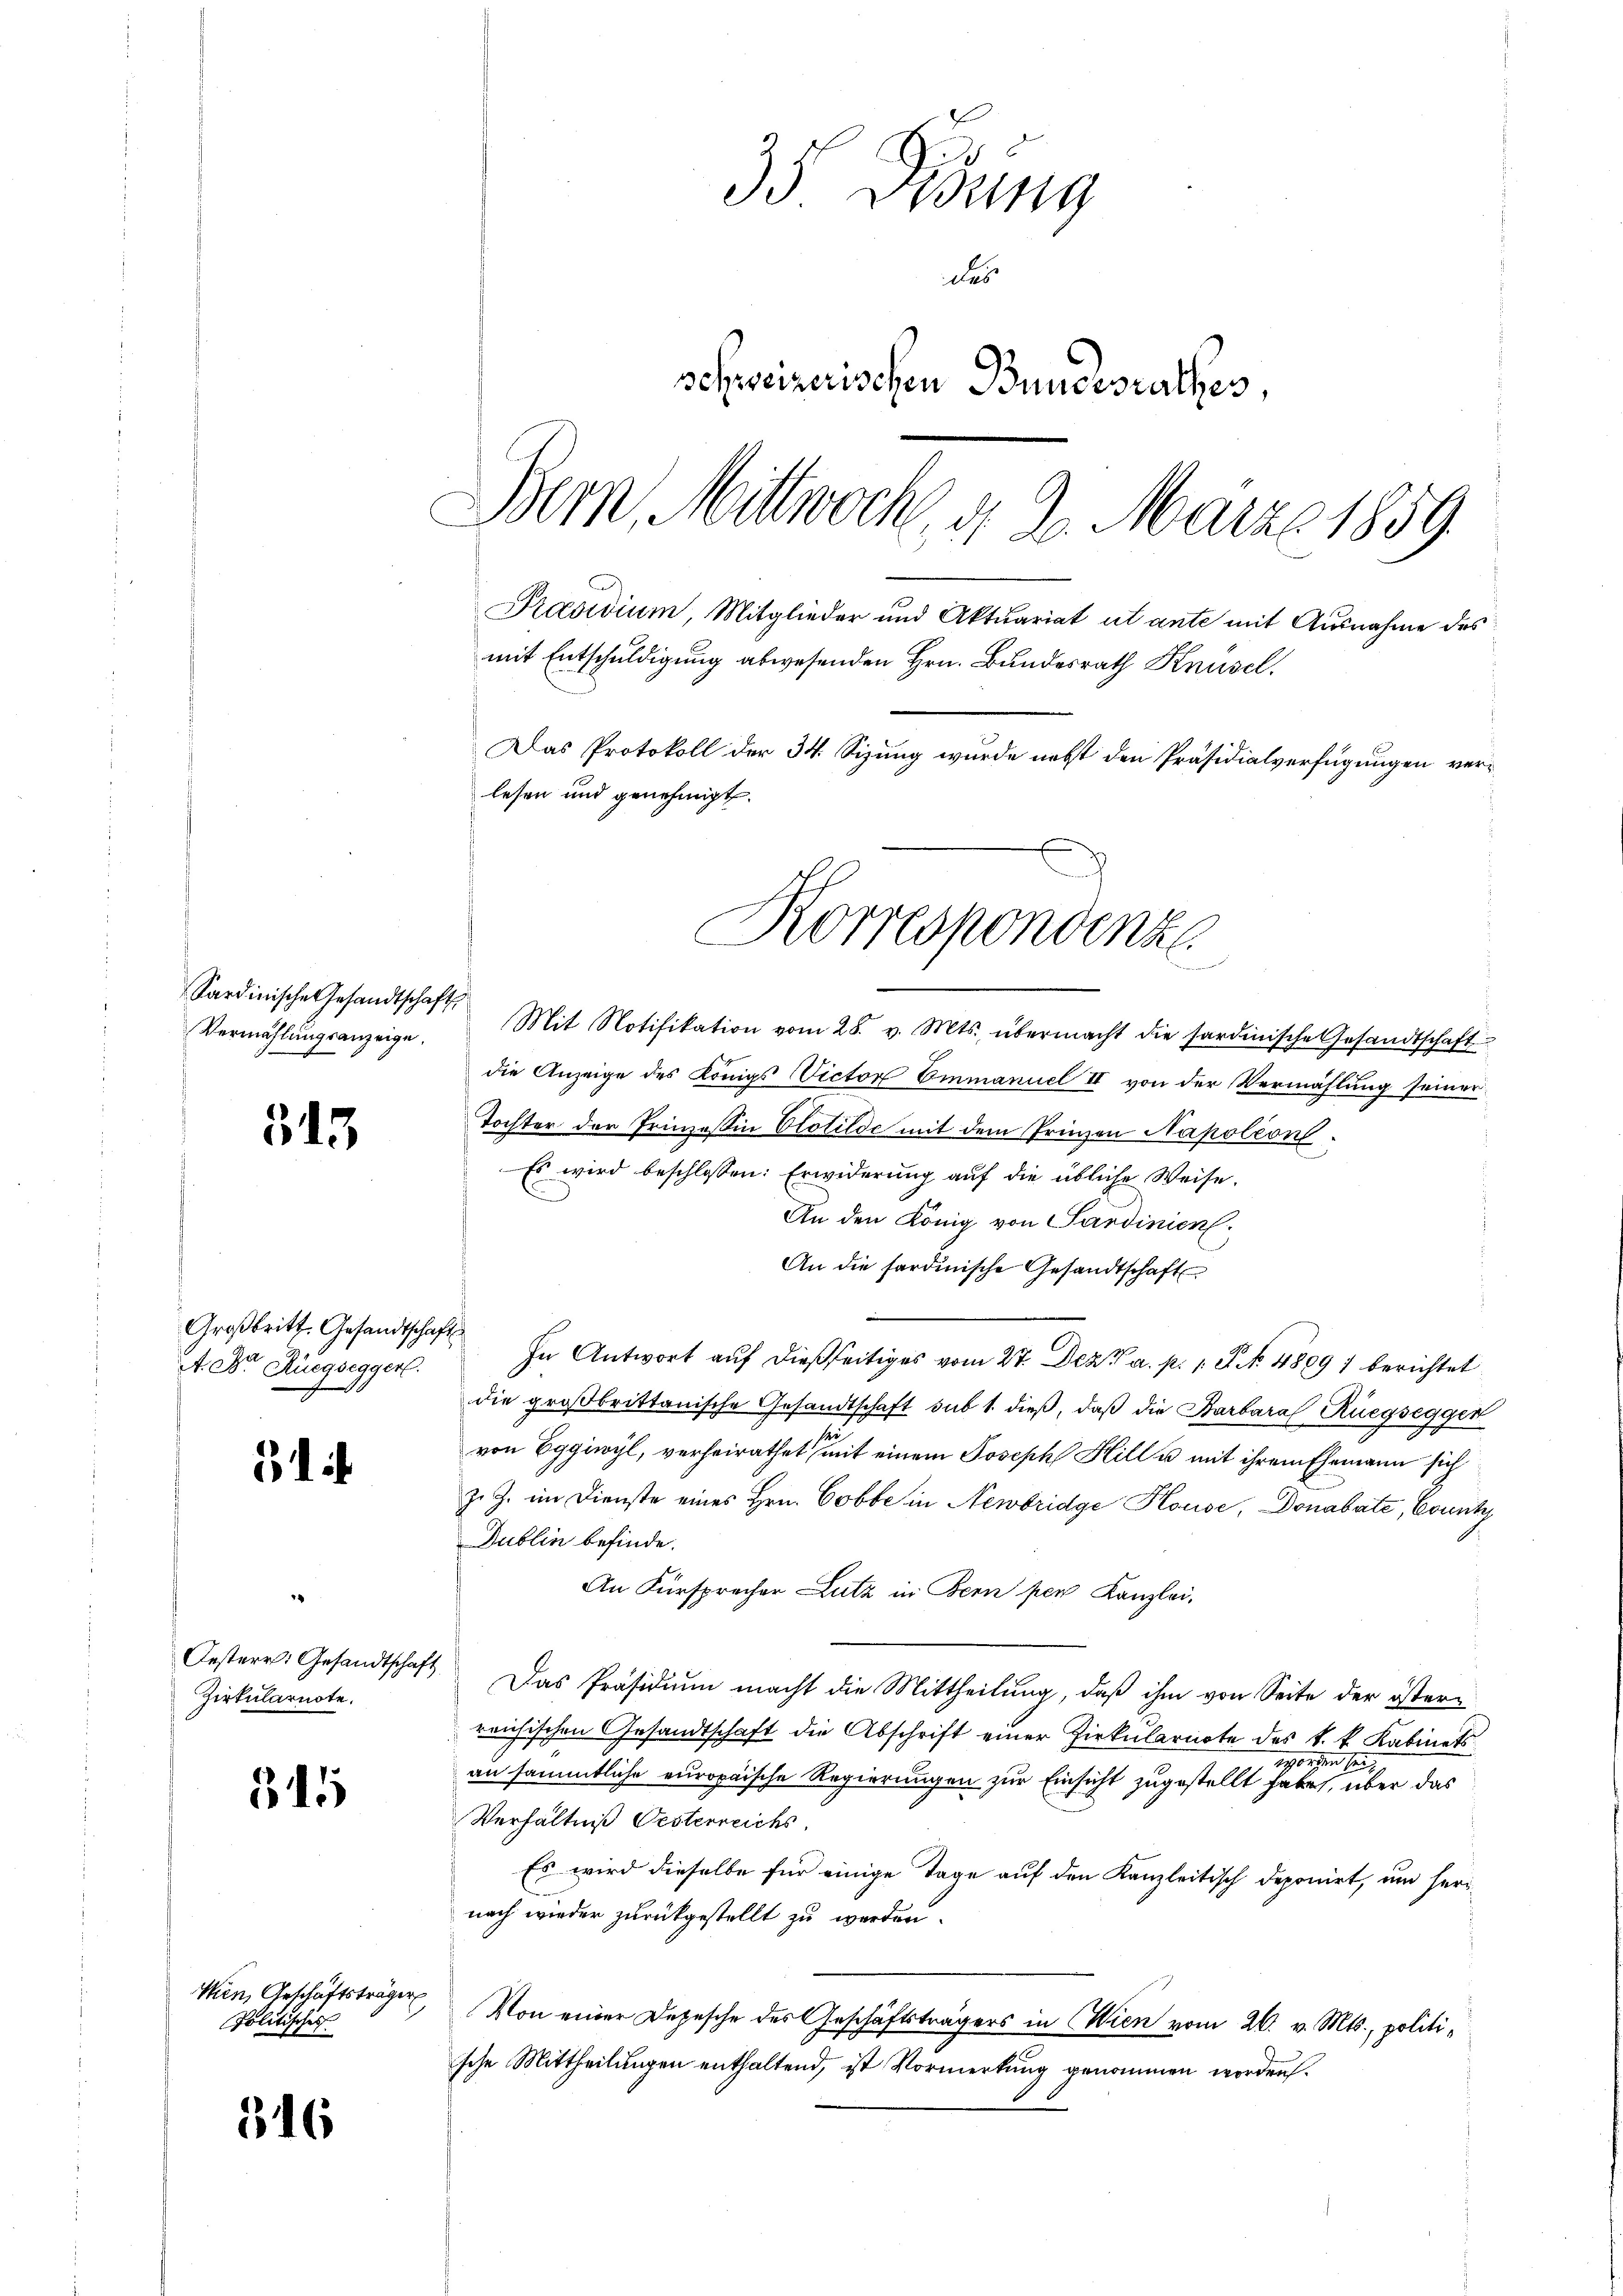
Vermählungsanzeige.

313

Großbritt. Gesandtschaft
A. Dr. Rüegsegger.

51 i

Zirkularnote.

341

Wien, Geschäftsträger
Politisches

316

35 Dedung
das
schweizerischen Bundesrathes,
Bern, Mittwoch d. 2. März 1859.
Präsidium, Mitglieder und Aktuariat ut ante mit Ausnahme des
mit Entschuldigung abwesenden Hrn. Bundesrath Knüsel.
Das Protokoll der 34. Sizung wurde nebst den Präsidialverfügungen verlesen und genehmigt.

Sardinische Gesandtschaft Mit Notifikation vom 28. v. Mts. übermacht die sardinische Gesandtschaft
die Anzeige des Königs Victor Emmanuel II von der Vermählung seiner
Tochter der Prinzessin Clotilde mit dem Prinzen Napoleon
Es wird beschlossen: Erwiderung auf die übliche Weise.
An den König von Sardinien.
An die sardinische Gesandtschaft
In Antwort auf dießseitiges vom 27. Dez. a. p. 1. P. Nr. 4809) berichtet
die großbrittanische Gesandtschaft sub 1. dieβ, daß die Barbara Rüegsegger
von Eggiwyl, verheirathet mit einem Joseph Hill u. mit ihrem Ehemann sich
z. Z. im Dienste eines Hrn. Cobbe in Newbridge House, Donabate, County
Dublin befinde.
An Fürsprecher Lutz in Bern per Kanzlei.
Oesterr. Gesandtschaft. Das Präsidiŭm macht die Mittheilung, daß ihm von Seite der öster-
reichischen Gesandtschaft die Abschrift einer Zirkularnote des k. k. Kabinets
Morgen sei,
an sämmtliche europaische Regierungen zur Einsicht zugestellt habe, über das
Verhältniß Oesterreichs.
Es wird dieselbe für einige Tage auf den Kanzleitisch deponirt, um hernach wieder zurückgestellt zu werden.
Von einer Depesche des Geschäftsträgers in Wien vom 26. v. Mts., politische Mittheilungen enthaltend, ist Vormerkung genommen worden.

Korrespondenze